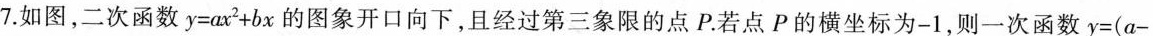
7.如图，二次函数$$y=ax^{2}+bx$$的图象开口向下，且经过第三象限的点P。若点P的横坐标为-1，则一次函数$$y=(a-$$